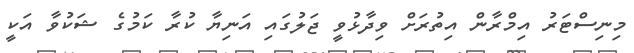
މިނިސްޓަރު އިމްރާން އިތުރަށް ވިދާޅުވީ ޖަލުގައި އަނިޔާ ކުރާ ކަމުގެ ޝަކުވާ އަކީ